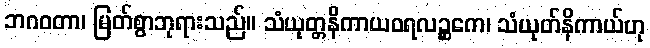
ဘဂဝတာ၊ မြတ်စွာဘုရားသည်။ သံယုတ္တနိကာယဝရလဉ္ဆကေ၊ သံယုတ်နိကာယ်ဟု